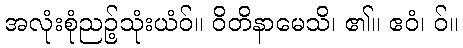
အလုံးစုံညဉ့်သုံးယံဝ်။ ဝိတိနာမေသိ၊ ၏။ ဧဝံ၊ ဝ်။